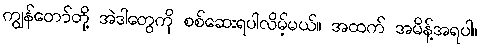
ကျွန်တော်တို့ အဲဒါတွေကို စစ်ဆေးရပါလိမ့်မယ်။ အထက် အမိန့်အရပါ။